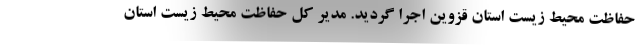
حفاظت محیط زیست استان قزوین اجرا گردید. مدیر کل حفاظت محیط زیست استان